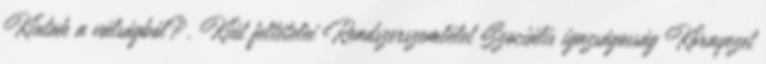
Kiutak a válságból?. Kiút feltételei Rendszerszemlélet Szociális igazságosság Környezet